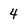
Character: 4